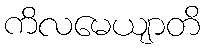
ကိလမေယျာတိ